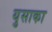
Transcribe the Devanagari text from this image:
युसाका